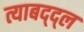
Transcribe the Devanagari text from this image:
त्याबद्द्ल